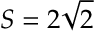
S = 2 \sqrt { 2 }